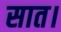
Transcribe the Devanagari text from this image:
सात।